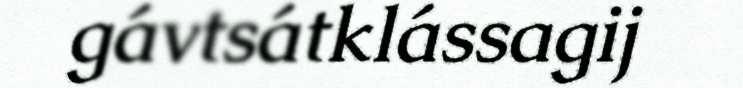
gávtsátklássagij